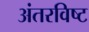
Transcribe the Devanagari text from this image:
अंतरविष्ट